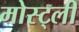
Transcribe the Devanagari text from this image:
मोस्ट्ली